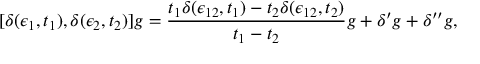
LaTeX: [ \delta ( \epsilon _ { 1 } , t _ { 1 } ) , \delta ( \epsilon _ { 2 } , t _ { 2 } ) ] g = { \frac { t _ { 1 } \delta ( \epsilon _ { 1 2 } , t _ { 1 } ) - t _ { 2 } \delta ( \epsilon _ { 1 2 } , t _ { 2 } ) } { t _ { 1 } - t _ { 2 } } } g + \delta ^ { \prime } g + \delta ^ { \prime \prime } g ,